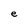
Character: e